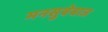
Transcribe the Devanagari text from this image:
मनसुबेबाज